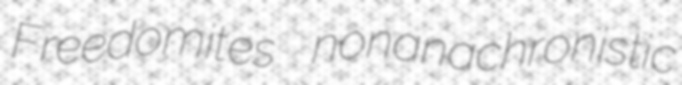
Freedomites nonanachronistic